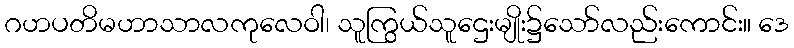
ဂဟပတိမဟာသာလကုလေဝါ၊ သူကြွယ်သူဌေးမျိုး၌သော်လည်းကောင်း။ ဒေ